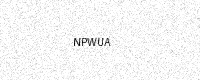
Text: NPWUA